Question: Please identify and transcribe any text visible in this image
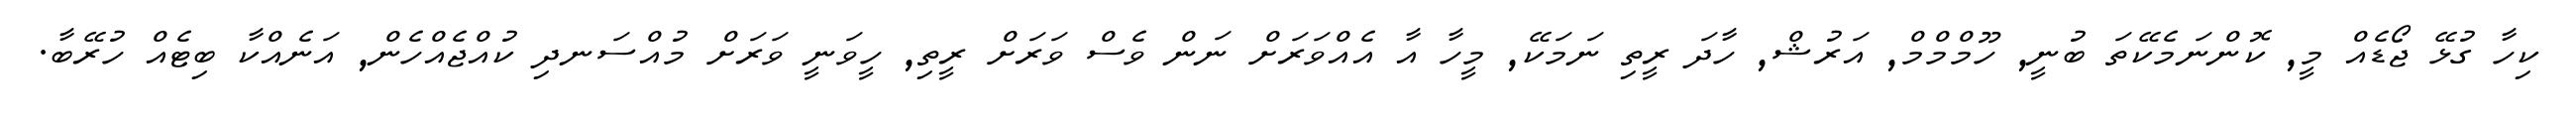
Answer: ކިހާ ގުޅޭ ޖޯޑެއް މީ, ކޮންނަމެކޭތަ ބުނީ, ހޫމްމްމް, އަރުޝް, ހާދަ ރީތި ނަމަކޭ, މީހާ އާ އެއްވަރަށް ނަން ވެސް ވަރަށް ރީތި, ހީވަނީ ވަރަށް މުއްސަނދި ކުއްޖެއްހެން, އަނެއްކާ ބިޓެއް ހުރޭބާ.